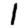
Digit: 1